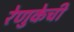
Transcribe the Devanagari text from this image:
रेणुकेची